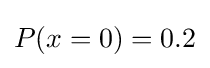
P(x=0)=0{.}2